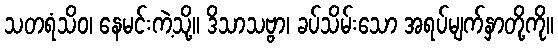
သတရံသိဝ၊ နေမင်းကဲ့သို့။ ဒိသာသဗ္ဗာ၊ ခပ်သိမ်းသော အရပ်မျက်နှာတို့ကို။